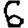
Digit: 6